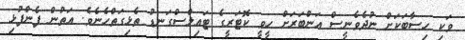
ވަކި ހިސާބަކަށް ނުދެވެނީސް އަންބަރަށް ހީވީ ކޮޓަރީގެ ޓައިލްސްގަނޑު ތެޅިގަތްހެނެވެ. އަތުން ފެންފުޅި